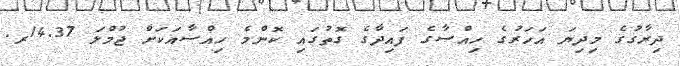
ދިރާގުގެ މިދިޔަ އަހަރުގެ ހިއްސާގެ ފައިދާގެ ގޮތުގައި ކޮންމެ ހިއްސާއަކަށް ޖުމްލަ 14.37ރ.